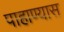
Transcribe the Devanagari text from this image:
पाहाण्यास